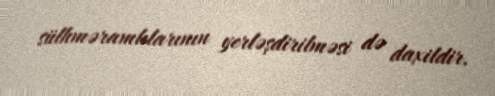
sülhməramlılarının yerləşdirilməsi də daxildir.